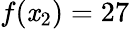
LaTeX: f(\mathit{x}_{2})=27